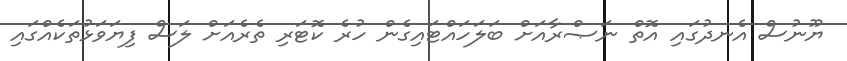
ޔޫނުސް އެނދުގައި އޮތް ނަޞްރާއަށް ބަލަހައްޓައިގެން ހުރެ ކޮޓަރި ތެރެއަށް ލަސް ފިޔަވަޅުތަކެއްގައި